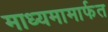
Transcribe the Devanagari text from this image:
माध्यमामार्फत